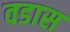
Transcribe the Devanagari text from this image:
वडास